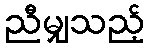
ညီမျှသည့်